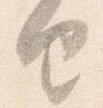
由